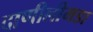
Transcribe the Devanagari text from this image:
दाणीलीमडा